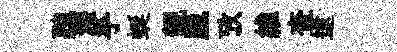
聽瀝乎蜒靚臘攷維查逮